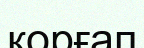
қорғап